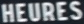
HEURES